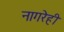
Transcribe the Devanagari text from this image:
नागरेही